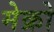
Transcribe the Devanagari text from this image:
मेक्रो